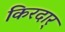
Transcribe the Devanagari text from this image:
किरदार्